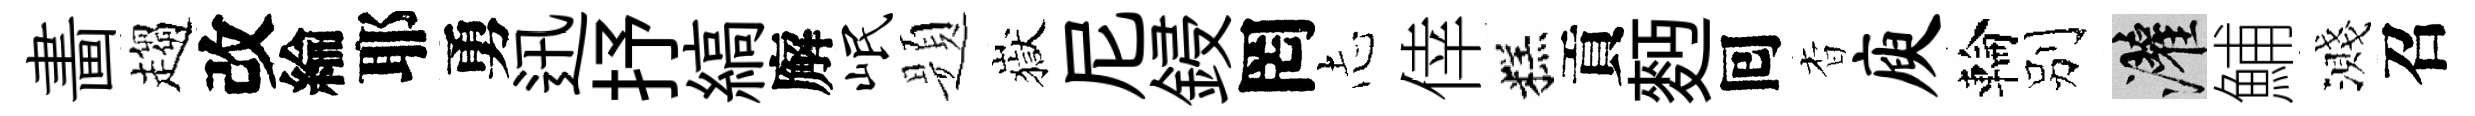
畵趨改綸耶勇迅抒縞廨岷题嶽尼鋟罔𢖽倖糕貢麪囘杳庾輪别灌鯆濺召